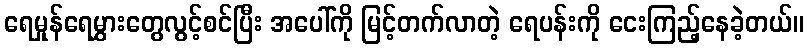
ရေမှုန်ရေမွှားတွေလွင့်စင်ပြီး အပေါ်ကို မြင့်တက်လာတဲ့ ရေပန်းကို ငေးကြည့်နေခဲ့တယ်။